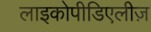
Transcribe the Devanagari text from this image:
लाइकोपीडिएलीज़